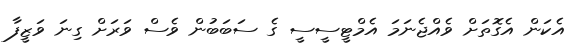
އެކަން އެގޮތަށް ވެއްޖެނަމަ އެމްޓީސީސީ ގެ ސަބަބުން ވެސް ވަރަށް ގިނަ ވަޒީފާ